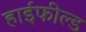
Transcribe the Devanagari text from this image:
हाईफील्ड